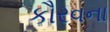
કૌરવના